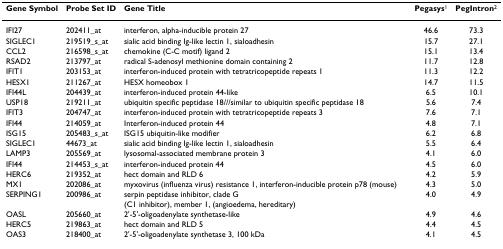
<table><thead><tr><td><b>Gene Symbol</b></td><td><b>Probe Set ID</b></td><td><b>Gene Title</b></td><td><b>Pegasys<sup>1</sup></b></td><td><b>PegIntron<sup>2</sup></b></td></tr></thead><tbody><tr><td>IFI27</td><td>202411_at</td><td>interferon, alpha-inducible protein 27</td><td>46.6</td><td>73.3</td></tr><tr><td>SIGLEC1</td><td>219519_s_at</td><td>sialic acid binding Ig-like lectin 1, sialoadhesin</td><td>15.7</td><td>27.1</td></tr><tr><td>CCL2</td><td>216598_s_at</td><td>chemokine (C-C motif) ligand 2</td><td>15.1</td><td>13.4</td></tr><tr><td>RSAD2</td><td>213797_at</td><td>radical S-adenosyl methionine domain containing 2</td><td>11.7</td><td>12.8</td></tr><tr><td>IFIT1</td><td>203153_at</td><td>interferon-induced protein with tetratricopeptide repeats 1</td><td>11.3</td><td>12.2</td></tr><tr><td>HESX1</td><td>211267_at</td><td>HESX homeobox 1</td><td>14.7</td><td>11.5</td></tr><tr><td>IFI44L</td><td>204439_at</td><td>interferon-induced protein 44-like</td><td>6.5</td><td>10.1</td></tr><tr><td>USP18</td><td>219211_at</td><td>ubiquitin specific peptidase 18///similar to ubiquitin specific peptidase 18</td><td>5.6</td><td>7.4</td></tr><tr><td>IFIT3</td><td>204747_at</td><td>interferon-induced protein with tetratricopeptide repeats 3</td><td>7.6</td><td>7.1</td></tr><tr><td>IFI44</td><td>214059_at</td><td>Interferon-induced protein 44</td><td>4.8</td><td>7.1</td></tr><tr><td>ISG15</td><td>205483_s_at</td><td>ISG15 ubiquitin-like modifier</td><td>6.2</td><td>6.8</td></tr><tr><td>SIGLEC1</td><td>44673_at</td><td>sialic acid binding Ig-like lectin 1, sialoadhesin</td><td>5.5</td><td>6.4</td></tr><tr><td>LAMP3</td><td>205569_at</td><td>lysosomal-associated membrane protein 3</td><td>4.1</td><td>6.0</td></tr><tr><td>IFI44</td><td>214453_s_at</td><td>interferon-induced protein 44</td><td>4.5</td><td>6.0</td></tr><tr><td>HERC6</td><td>219352_at</td><td>hect domain and RLD 6</td><td>4.2</td><td>5.9</td></tr><tr><td>MX1</td><td>202086_at</td><td>myxovirus (influenza virus) resistance 1, interferon-inducible protein p78 (mouse)</td><td>4.3</td><td>5.0</td></tr><tr><td>SERPING1</td><td>200986_at</td><td>serpin peptidase inhibitor, clade G (C1 inhibitor), member 1, (angioedema, hereditary)</td><td>4.0</td><td>4.9</td></tr><tr><td>OASL</td><td>205660_at</td><td>2&#x27;-5&#x27;-oligoadenylate synthetase-like</td><td>4.9</td><td>4.6</td></tr><tr><td>HERC5</td><td>219863_at</td><td>hect domain and RLD 5</td><td>4.4</td><td>4.5</td></tr><tr><td>OAS3</td><td>218400_at</td><td>2&#x27;-5&#x27;-oligoadenylate synthetase 3, 100 kDa</td><td>4.1</td><td>4.5</td></tr></tbody></table>